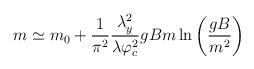
LaTeX: \begin{align*}m\simeq m_{0}+\frac{1}{\pi ^{2}}\frac{\lambda _{y}^{2}}{\lambda \varphi_{c}^{2}}gBm\ln \left( \frac{gB}{m^{2}}\right) \end{align*}